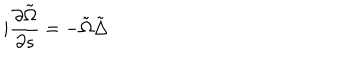
i \frac { \partial \tilde { \Omega } } { \partial s } = - \tilde { \Omega } \tilde { \Delta }